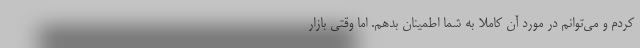
کردم و می‌توانم در مورد آن کاملا به شما اطمینان بدهم. اما وقتی بازار